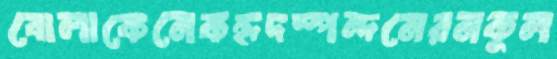
বোলাকেনেকহৃদস্পন্দনেরনকুল